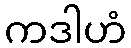
ကဒါဟံ